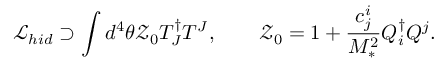
{ \mathcal L } _ { h i d } \supset \int d ^ { 4 } \theta { \mathcal Z } _ { 0 } T _ { J } ^ { \dag } T ^ { J } , \qquad { \mathcal Z } _ { 0 } = 1 + \frac { c _ { j } ^ { i } } { M _ { * } ^ { 2 } } Q _ { i } ^ { \dag } Q ^ { j } .